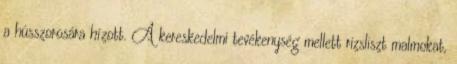
a hússzorosára hízott. A kereskedelmi tevékenység mellett rizsliszt malmokat,